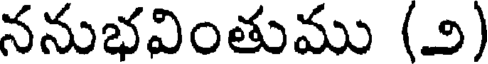
ననుభవింతుము (౨)